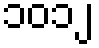
၁၀၁၂